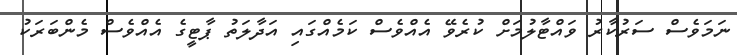
ނަމަވެސް ސަރުކާރު ވައްޓާލުމަށް ކުރެވޭ އެއްވެސް ކަމެއްގައި އަދާލަތު ޕާޓީގެ އެއްވެސް މެންބަރަކު